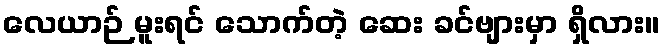
လေယာဉ် မူးရင် သောက်တဲ့ ဆေး ခင်ဗျားမှာ ရှိလား။